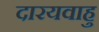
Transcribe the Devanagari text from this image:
दारयवाहु